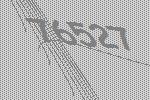
76527